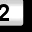
Digit: 2